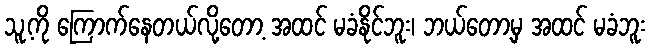
သူ့ကို ကြောက်နေတယ်လို့တော့ အထင် မခံနိုင်ဘူး၊ ဘယ်တော့မှ အထင် မခံဘူး